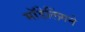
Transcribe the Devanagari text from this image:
मॉडेलिंगने